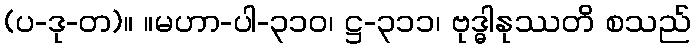
(ပ-ဒု-တ)။ ။မဟာ-ပါ-၃၁၀၊ ဋ္ဌ-၃၁၁၊ ဗုဒ္ဓါနုဿတိ စသည်